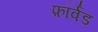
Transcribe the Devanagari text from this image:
फ़ॉर्वड